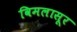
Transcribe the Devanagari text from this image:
विमलासूर